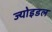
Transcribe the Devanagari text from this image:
ज्योइडल